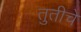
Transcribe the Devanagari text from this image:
तुतीचे